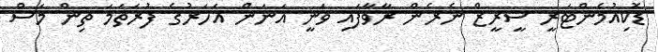
ޑޮކިއުމެންޓަރީ ސީރީޒް ނެރެން ރާވާފައި ވަނީ އަނަން އަހަރުގެ ފުރަތަމަ ތިން މަސް